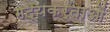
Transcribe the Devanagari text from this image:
गद्यकर्ताओं